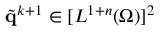
\tilde { \mathbf { q } } ^ { k + 1 } \in [ L ^ { 1 + n } ( \Omega ) ] ^ { 2 }